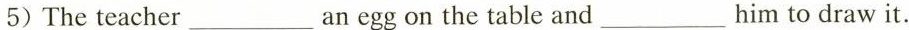
5) The teacher ___ an egg on the table and ___ him to draw it.